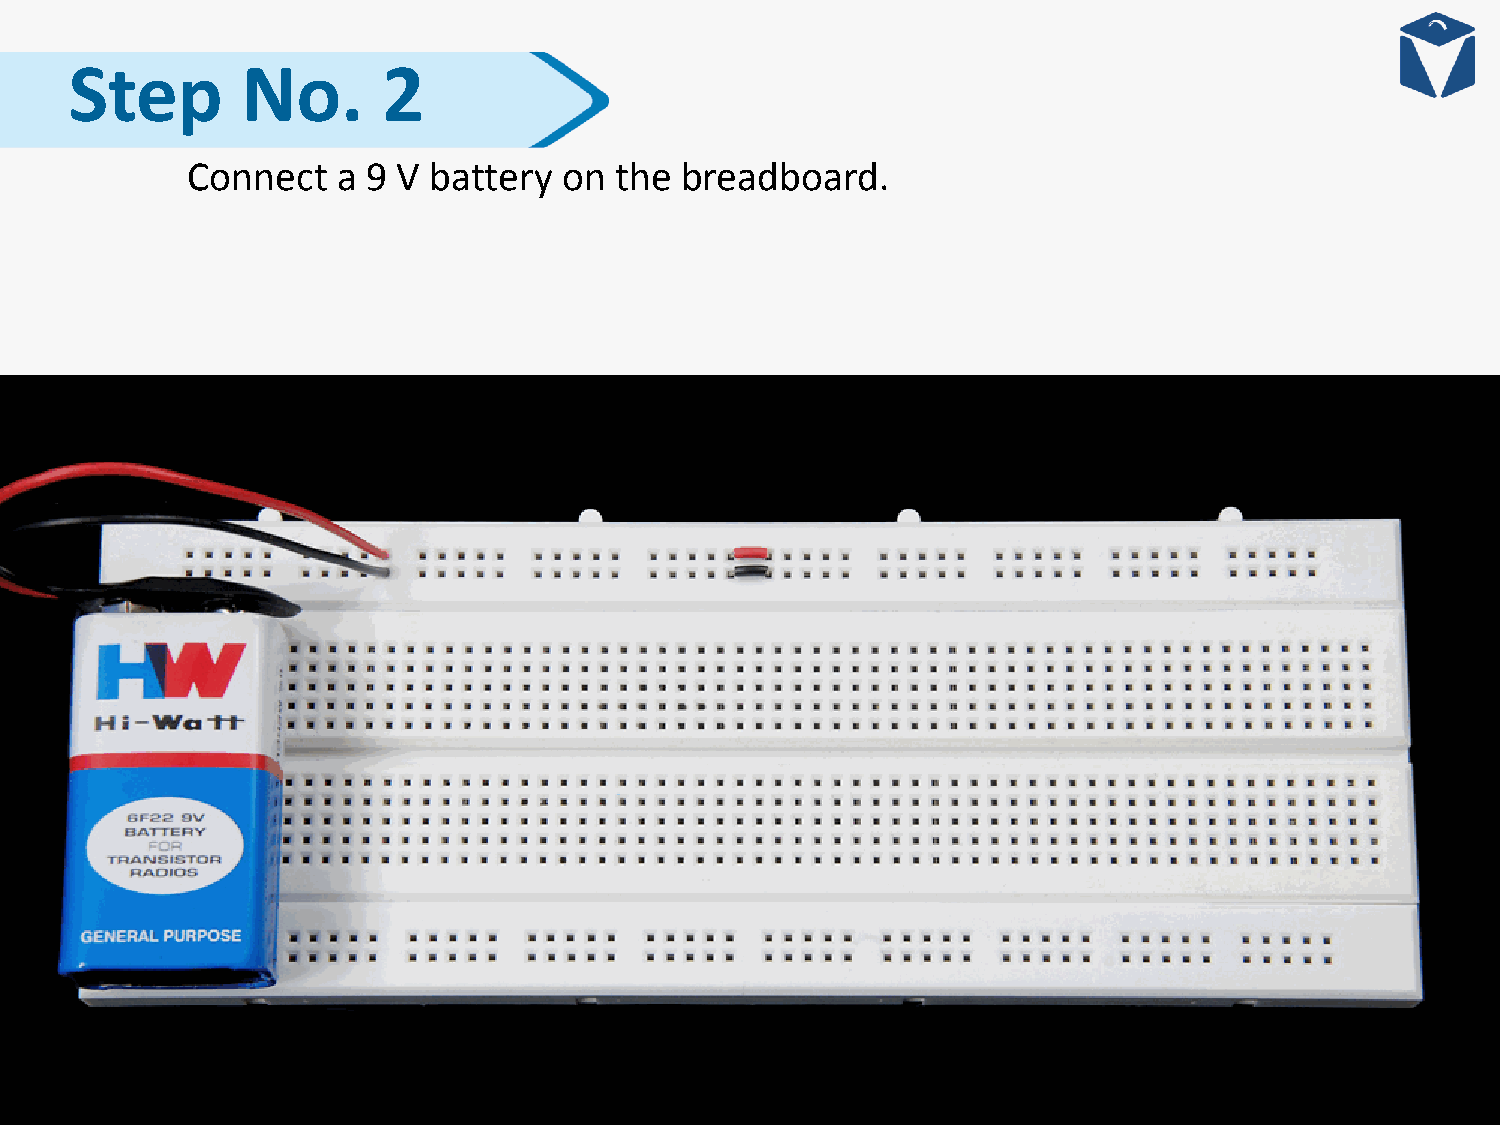
Step       No.      2
 Connect   a 9 V battery  on  the breadboard.